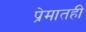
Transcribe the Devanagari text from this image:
प्रेमातही